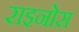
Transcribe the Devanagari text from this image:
राइनोस